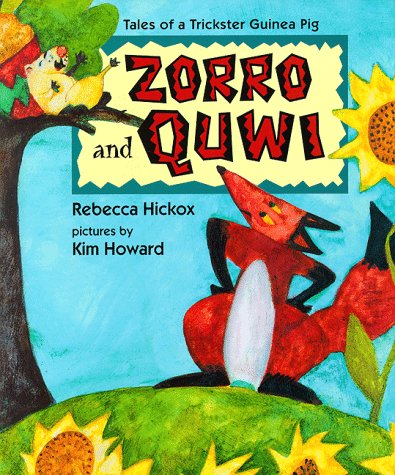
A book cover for Zorro and Quwi; Rebecca Hickox; Children's Books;